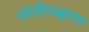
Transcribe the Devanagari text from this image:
मोतीगव्हाण